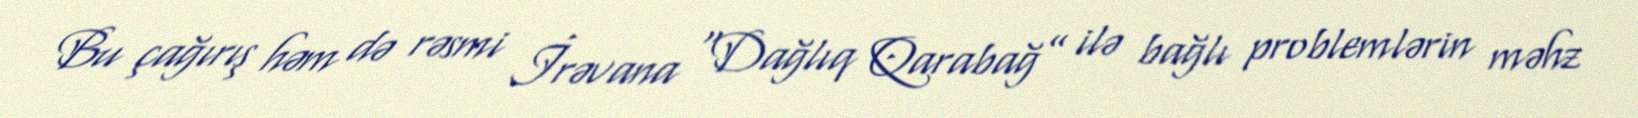
Bu çağırış həm də rəsmi İrəvana “Dağlıq Qarabağ” ilə bağlı problemlərin məhz